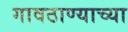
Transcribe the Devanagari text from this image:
गावठाण्याच्या